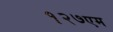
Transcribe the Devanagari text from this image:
१२७एम